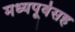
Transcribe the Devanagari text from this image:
मध्यपूर्वेसह